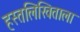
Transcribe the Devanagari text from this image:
हस्तलिखिताला